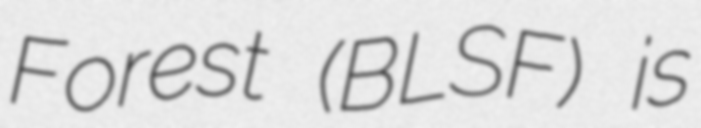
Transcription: Forest (BLSF) is